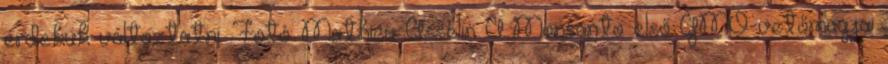
érdekük változtatni. Fotó: Mathieu Asselin A Monsanto első GMO-vetőmagjai